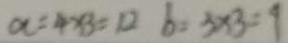
a = 4 \times 3 = 1 2 b = 3 \times 3 = 9